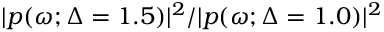
| p ( \omega ; \Delta = 1 . 5 ) | ^ { 2 } / | p ( \omega ; \Delta = 1 . 0 ) | ^ { 2 }